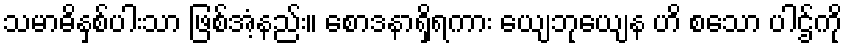
သမာဓိနှစ်ပါးသာ ဖြစ်အံ့နည်း။ စောဒနာရှိရကား ယျေဘုယျေန ဟိ စသော ပါဌ်ကို